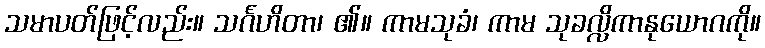
သမာပတ်ဖြင့်လည်း။ သင်္ဂဟိတာ၊ ၏။ ကာမသုခံ၊ ကာမ သုခလ္လိကာနုယောဂကို။